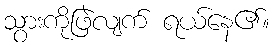
သွားကိုဖြဲလျက် ရယ်နေ၏။